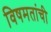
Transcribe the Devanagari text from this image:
विषमतांची